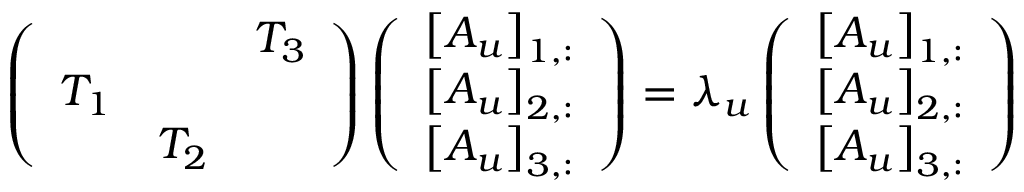
\left( \begin{array} { l l l } & & { T _ { 3 } } \\ { T _ { 1 } } & & \\ & { T _ { 2 } } & \end{array} \right) \left( \begin{array} { l } { \left[ A _ { u } \right] _ { 1 , : } } \\ { \left[ A _ { u } \right] _ { 2 , : } } \\ { \left[ A _ { u } \right] _ { 3 , : } } \end{array} \right) = \lambda _ { u } \left( \begin{array} { l } { \left[ A _ { u } \right] _ { 1 , : } } \\ { \left[ A _ { u } \right] _ { 2 , : } } \\ { \left[ A _ { u } \right] _ { 3 , : } } \end{array} \right)